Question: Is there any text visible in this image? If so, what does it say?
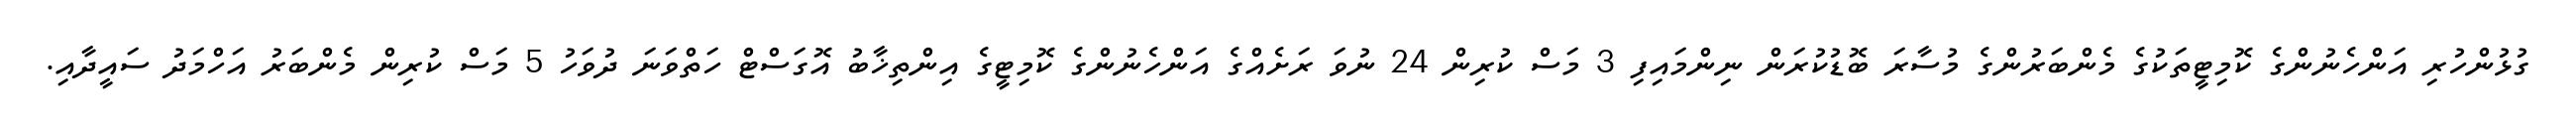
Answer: ގުޅުންހުރި އަންހެނުންގެ ކޮމިޓީތަކުގެ މެންބަރުންގެ މުސާރަ ބޮޑުކުރަން ނިންމައިފި 3 މަސް ކުރިން 24 ނުވަ ރަށެއްގެ އަންހެނުންގެ ކޮމިޓީގެ އިންތިޚާބު އޮގަސްޓް ހަތްވަނަ ދުވަހު 5 މަސް ކުރިން މެންބަރު އަހްމަދު ސައީދާއި.